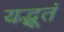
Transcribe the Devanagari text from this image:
यद्भूतं